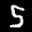
Label: 5